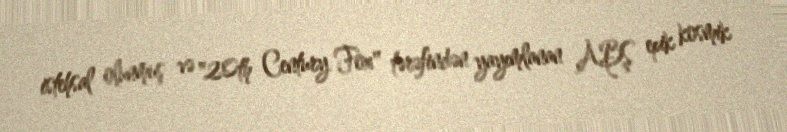
istehsal olunmuş və "20th Century Fox" tərəfindən yayımlanan ABŞ epik kosmik